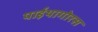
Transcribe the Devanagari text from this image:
पाईथागोरस